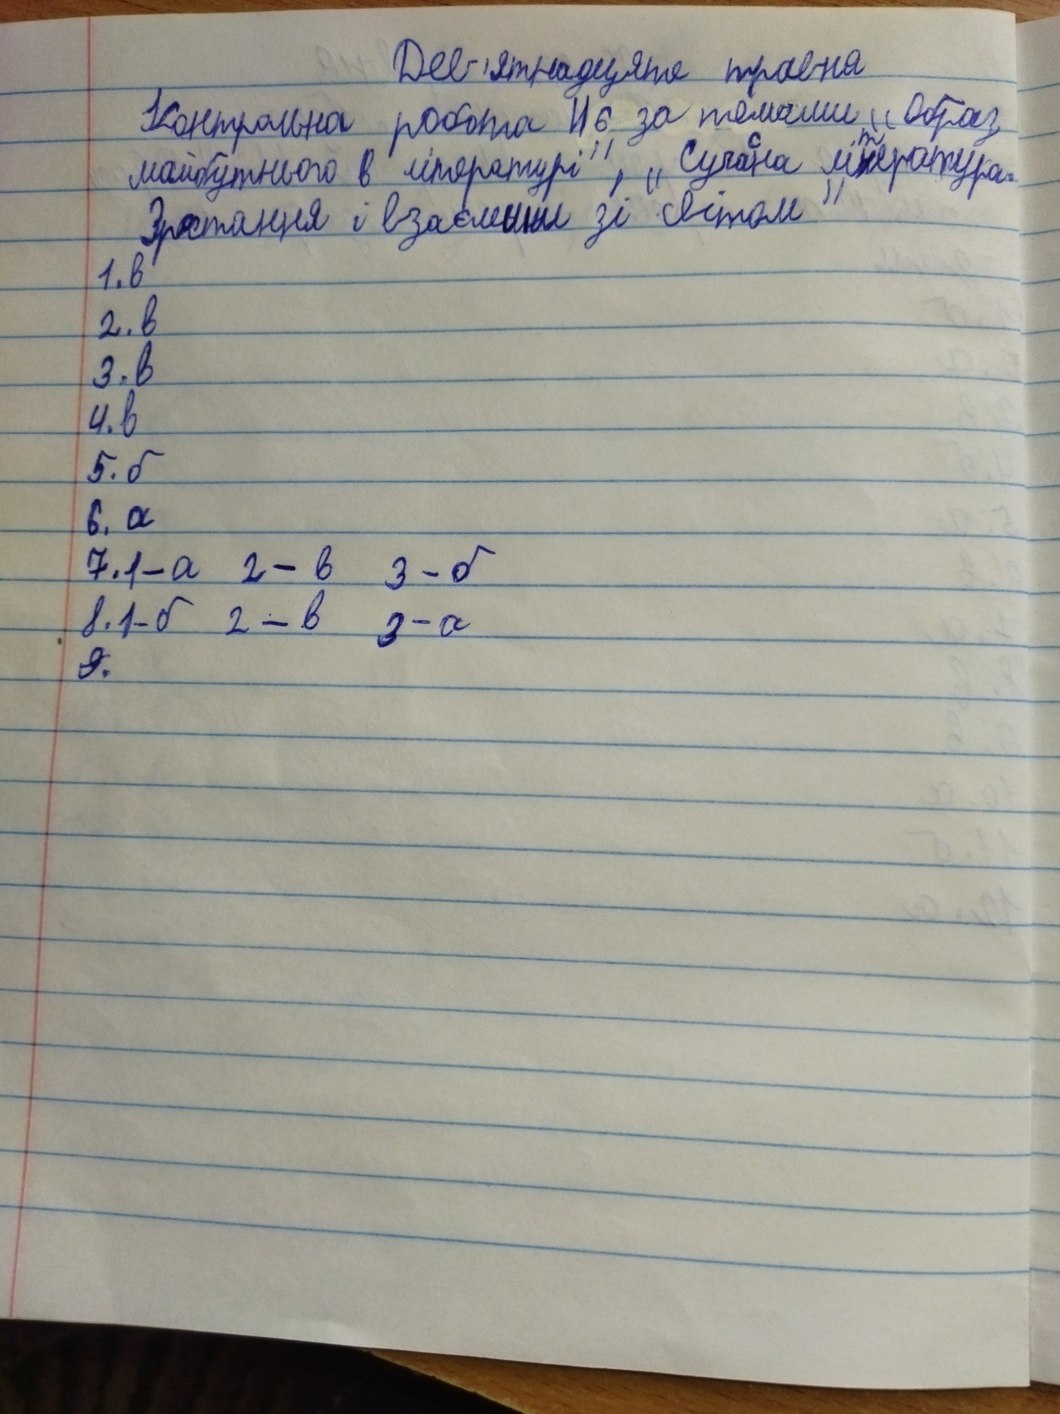
Дев'ятнадцяте травня
Контрольна робота №6 за темами "Образ
майбутнього в літературі", "Сучасна література.
Зростання і взаємини зі світом"
1. в
2. в
3. в
4. в
5. б
6. а
6. a
7. 1 - a 2 - в 3 - б
8. 1 - б 2 - в 3 - а
~~9.~~